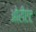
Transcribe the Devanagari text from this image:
ओरीएंट